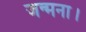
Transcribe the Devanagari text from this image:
जन्मना।